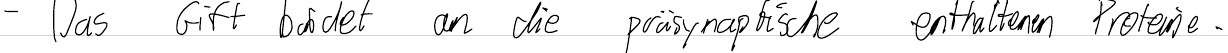
- Das Gift bindet an die präsynaptischen enthaltenen Proteine.